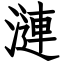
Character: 漣